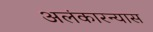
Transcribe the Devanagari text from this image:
अलंकारन्यास